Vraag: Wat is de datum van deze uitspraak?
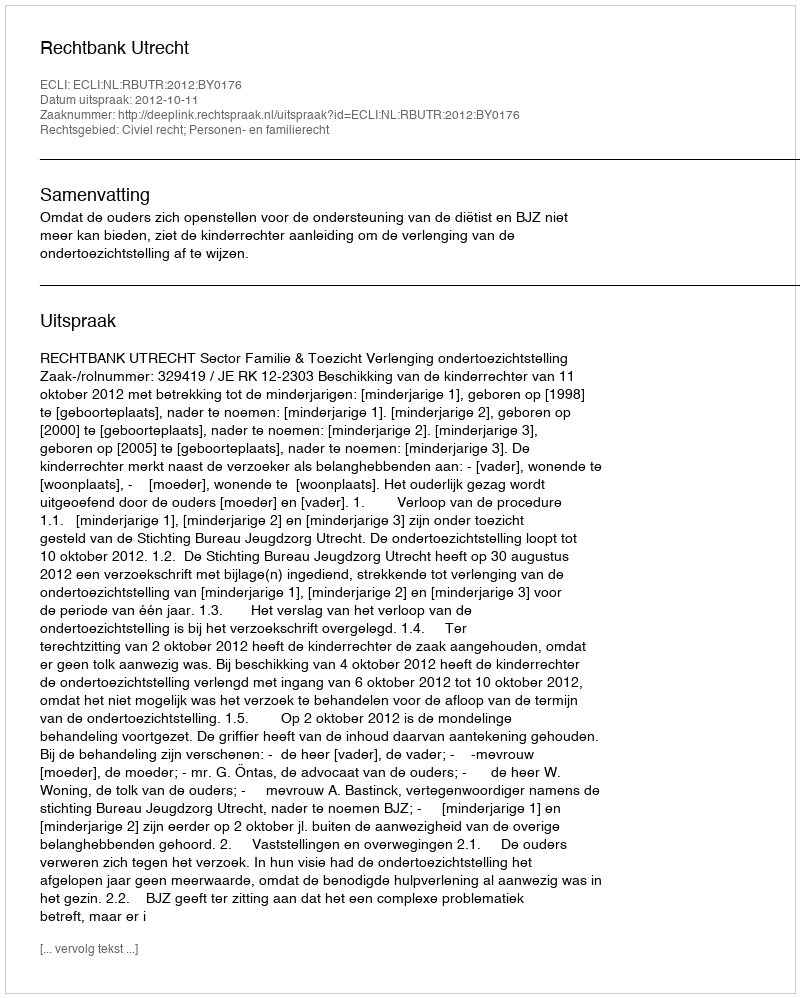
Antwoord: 2012-10-11